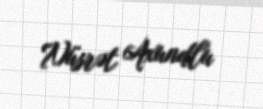
Nüsrət Axundlu